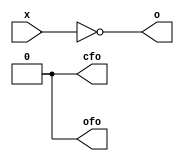
module zet_bitlog (
    input  [15:0] x,
    output [15:0] o,
    output        cfo,
    output        ofo
  );
  assign o = ~x;  
  assign cfo = 1'b0;
  assign ofo = 1'b0;
endmodule